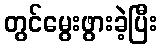
တွင်မွေးဖွားခဲ့ပြီး